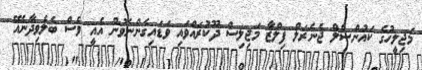
މަޖިލީހުގެ ކައުންސެލް ޖެނެރަލް ފިލްޒާ މަޖިލިސް ދޫކުރައްވައި ވަޑައިގެންނެވުން އެއީ ވެސް ބެލެވިދާނެއޭ